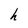
Character: h